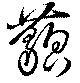
藐